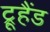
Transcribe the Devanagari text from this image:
ट्रूहैंड